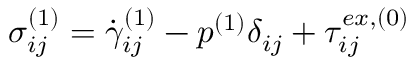
\sigma _ { i j } ^ { ( 1 ) } = \dot { \gamma } _ { i j } ^ { ( 1 ) } - p ^ { ( 1 ) } \delta _ { i j } + \tau _ { i j } ^ { e x , ( 0 ) }